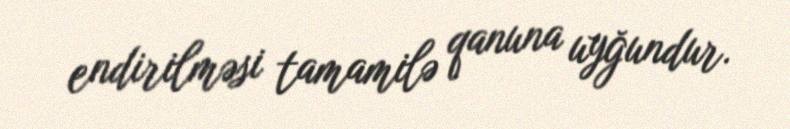
endirilməsi tamamilə qanuna uyğundur.